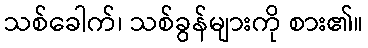
သစ်ခေါက်၊ သစ်ခွန်များကို စား၏။